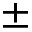
\pm